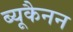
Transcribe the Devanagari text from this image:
ब्यूकैनन